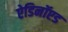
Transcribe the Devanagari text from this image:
ऐडिनॉएड